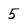
Character: 5